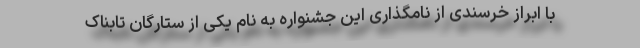
با ابراز خرسندی از نامگذاری این جشنواره به نام یکی از ستارگان تابناک